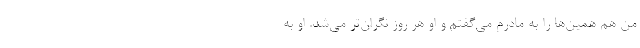
من هم همین‌ها را به مادرم می‌گفتم و او هر روز نگران‌تر می‌شد. او به